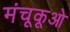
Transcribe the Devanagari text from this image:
मंचूकूओ